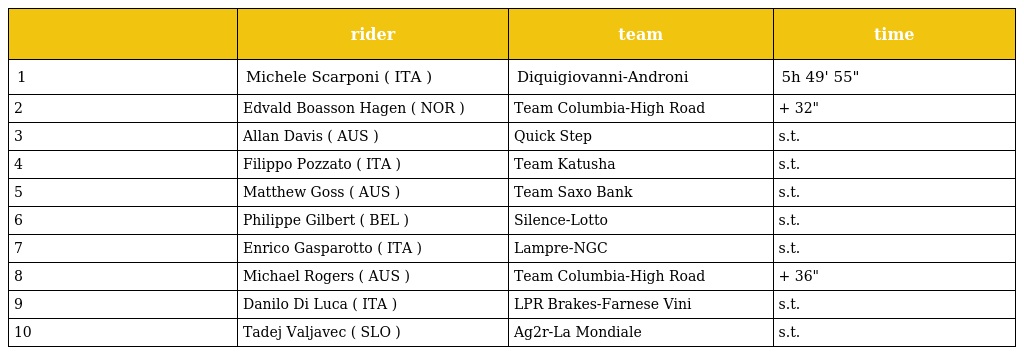
|  | rider | team | time |
 | --- | --- | --- | --- |
 | 1 | Michele Scarponi ( ITA ) | Diquigiovanni-Androni | 5h 49' 55" |
 | 2 | Edvald Boasson Hagen ( NOR ) | Team Columbia-High Road | + 32" |
 | 3 | Allan Davis ( AUS ) | Quick Step | s.t. |
 | 4 | Filippo Pozzato ( ITA ) | Team Katusha | s.t. |
 | 5 | Matthew Goss ( AUS ) | Team Saxo Bank | s.t. |
 | 6 | Philippe Gilbert ( BEL ) | Silence-Lotto | s.t. |
 | 7 | Enrico Gasparotto ( ITA ) | Lampre-NGC | s.t. |
 | 8 | Michael Rogers ( AUS ) | Team Columbia-High Road | + 36" |
 | 9 | Danilo Di Luca ( ITA ) | LPR Brakes-Farnese Vini | s.t. |
 | 10 | Tadej Valjavec ( SLO ) | Ag2r-La Mondiale | s.t. |